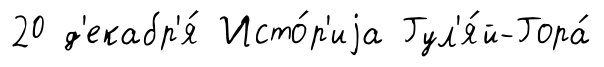
20 д'екабр'я́ Исто́р'иjа Гул'я́й-Гора́